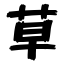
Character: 草